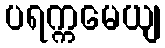
ပရက္ကမေယျ